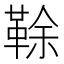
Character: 䩣